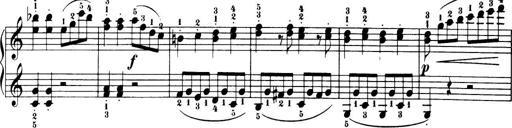
Title: 32 Sonatinas and Rondos for the Piano
Composer: Richard Kleinmichel